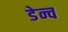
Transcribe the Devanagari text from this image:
डेन्च